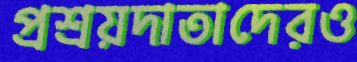
প্রশ্রয়দাতাদেরও